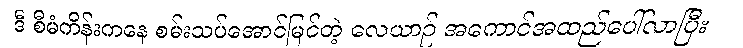
ဒီ စီမံကိန်းကနေ စမ်းသပ်အောင်မြင်တဲ့ လေယာဉ် အကောင်အထည်ပေါ်လာပြီး